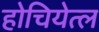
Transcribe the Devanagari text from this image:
होचियेत्ल